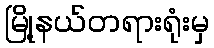
မြို့နယ်တရားရုံးမှ